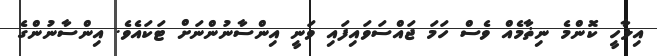
އިލާހީ ކޮންމެ ނިޡާމެއް ވެސް ހަމަ ޖައްސަވައިފައި ވަނީ އިންސާނުންނަށް ޓަކައެވެ. އިންސާނުންގެ